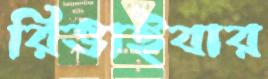
রিভাইবার